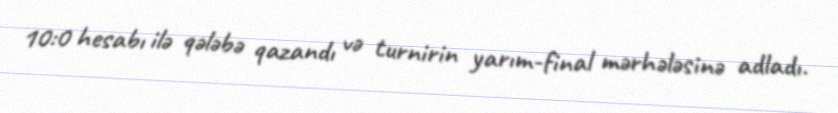
10:0 hesabı ilə qələbə qazandı və turnirin yarım-final mərhələsinə adladı.